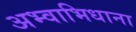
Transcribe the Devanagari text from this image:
अभ्वाभिधाना